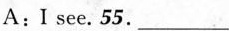
A:I see.55.___